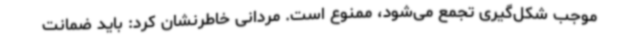
موجب شکل‌گیری تجمع می‌شود، ممنوع است. مردانی خاطرنشان کرد: باید ضمانت